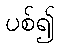
ပစ်၍